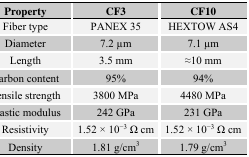
<table><thead><tr><td><b>Property</b></td><td><b>CF3</b></td><td><b>CF10</b></td></tr></thead><tbody><tr><td>Fiber type</td><td>PANEX 35</td><td>HEXTOW AS4</td></tr><tr><td>Diameter</td><td>7.2 μm</td><td>7.1 μm</td></tr><tr><td>Length</td><td>3.5 mm</td><td>≈10 mm</td></tr><tr><td>Carbon content</td><td>95%</td><td>94%</td></tr><tr><td>Tensile strength</td><td>3800 MPa</td><td>4480 MPa</td></tr><tr><td>Elastic modulus</td><td>242 GPa</td><td>231 GPa</td></tr><tr><td>Resistivity</td><td>1.52 × 10<sup>−3</sup> Ω cm</td><td>1.52 × 10<sup>−3</sup> Ω cm</td></tr><tr><td>Density</td><td>1.81 g/cm<sup>3</sup></td><td>1.79 g/cm<sup>3</sup></td></tr></tbody></table>